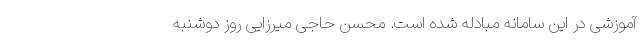
آموزشی در این سامانه مبادله شده است. محسن حاجی میرزایی روز دوشنبه